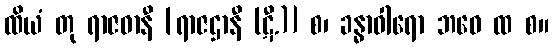
ထိယံ တု ရာဇဓာနီ [ရာဇဌာနီ (ဋီ.)] စ၊ ခန္ဓာဝါရော ဘဝေ ထ စ။